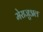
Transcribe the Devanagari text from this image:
मेराजुअल